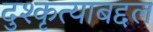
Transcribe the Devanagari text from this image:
दुश्कृत्याबद्दल